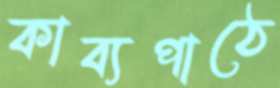
কাব্যপাঠে